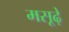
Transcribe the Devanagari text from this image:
मसूढ़े